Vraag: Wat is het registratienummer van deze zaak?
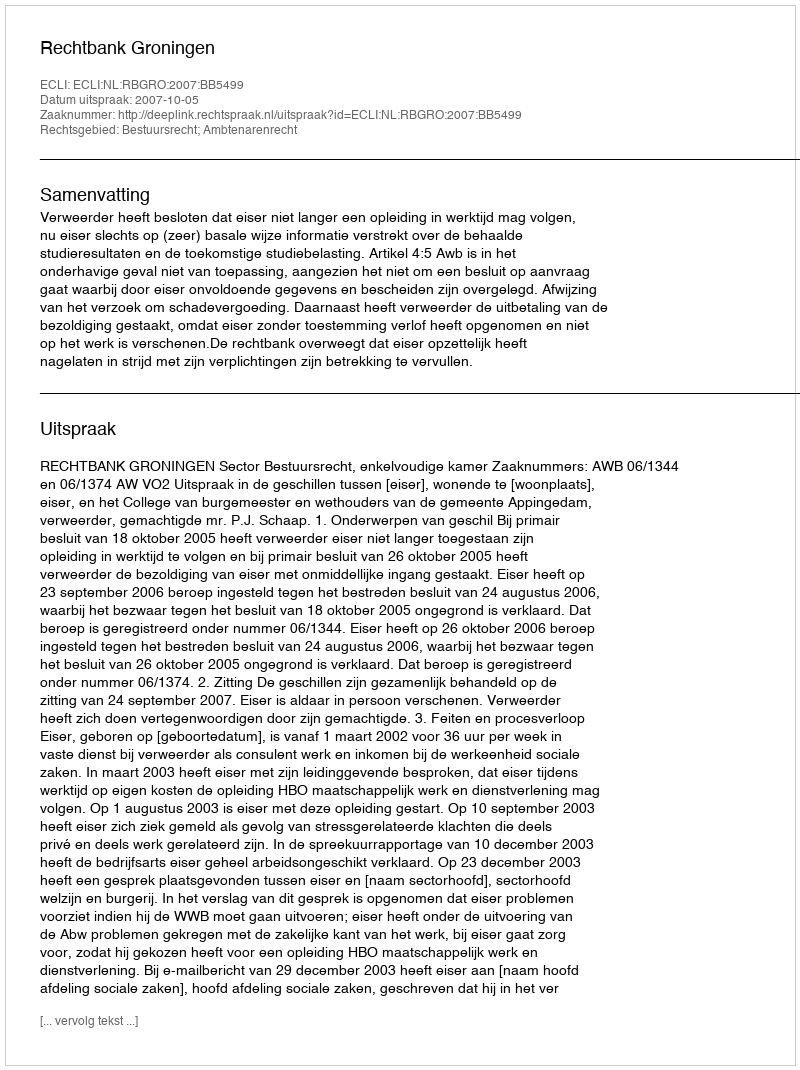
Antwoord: http://deeplink.rechtspraak.nl/uitspraak?id=ECLI:NL:RBGRO:2007:BB5499